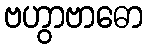
ဗဟွာဗာဓော